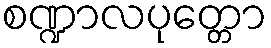
စဏ္ဍာလပုတ္တော